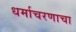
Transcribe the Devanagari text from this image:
धर्माचरणाचा